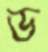
ড